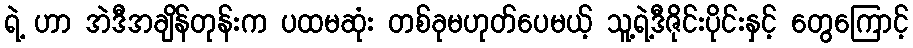
ရဲ့ ဟာ အဲဒီအချိန်တုန်းက ပထမဆုံး တစ်ခုမဟုတ်ပေမယ့် သူ့ရဲ့ဒီဇိုင်းပိုင်းနှင့် တွေကြောင့်